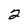
Character: 2